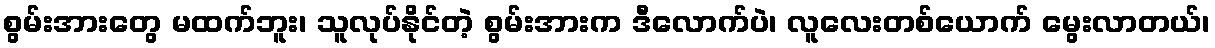
စွမ်းအားတွေ မထက်ဘူး၊ သူလုပ်နိုင်တဲ့ စွမ်းအားက ဒီလောက်ပဲ၊ လူလေးတစ်ယောက် မွေးလာတယ်၊